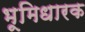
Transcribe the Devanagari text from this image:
भूमिधारक